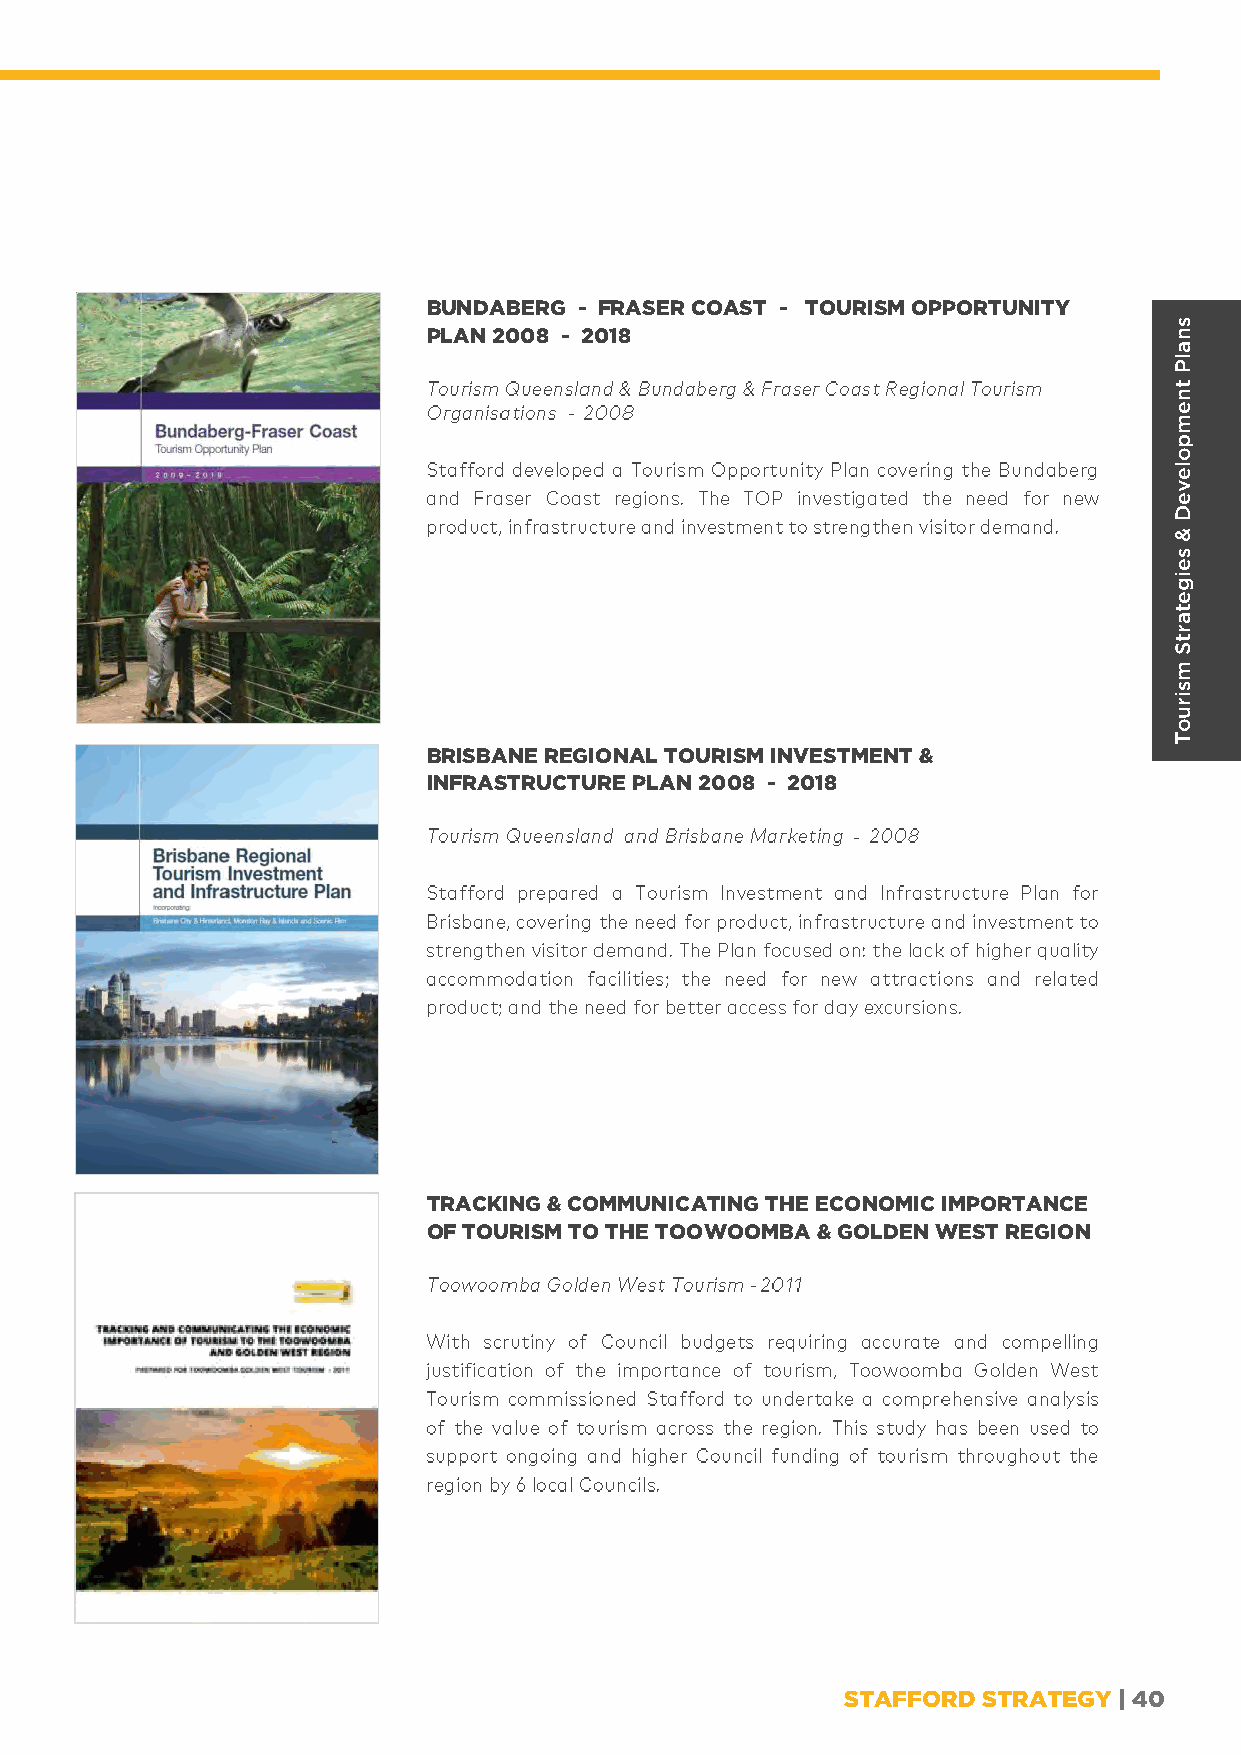
BUNDABERG - FRASER COAST - TOURISM OPPORTUNITY
 PLAN 2008 - 2018
 -
 BRISBANE REGIONAL TOURISM INVESTMENT &
 INFRASTRUCTURE PLAN 2008 - 2018
 -
 TRACKING & COMMUNICATING THE ECONOMIC IMPORTANCE
 OF TOURISM TO THE TOOWOOMBA & GOLDEN WEST REGION
 -
 STAFFORD STRATEGY | 40
 snalP
 tnempoleveD
 &
 seigetartS
 msiruoT